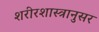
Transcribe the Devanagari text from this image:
शरीरशास्त्रानुसर